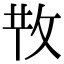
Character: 𢼘